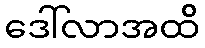
ဒေါ်လာအထိ